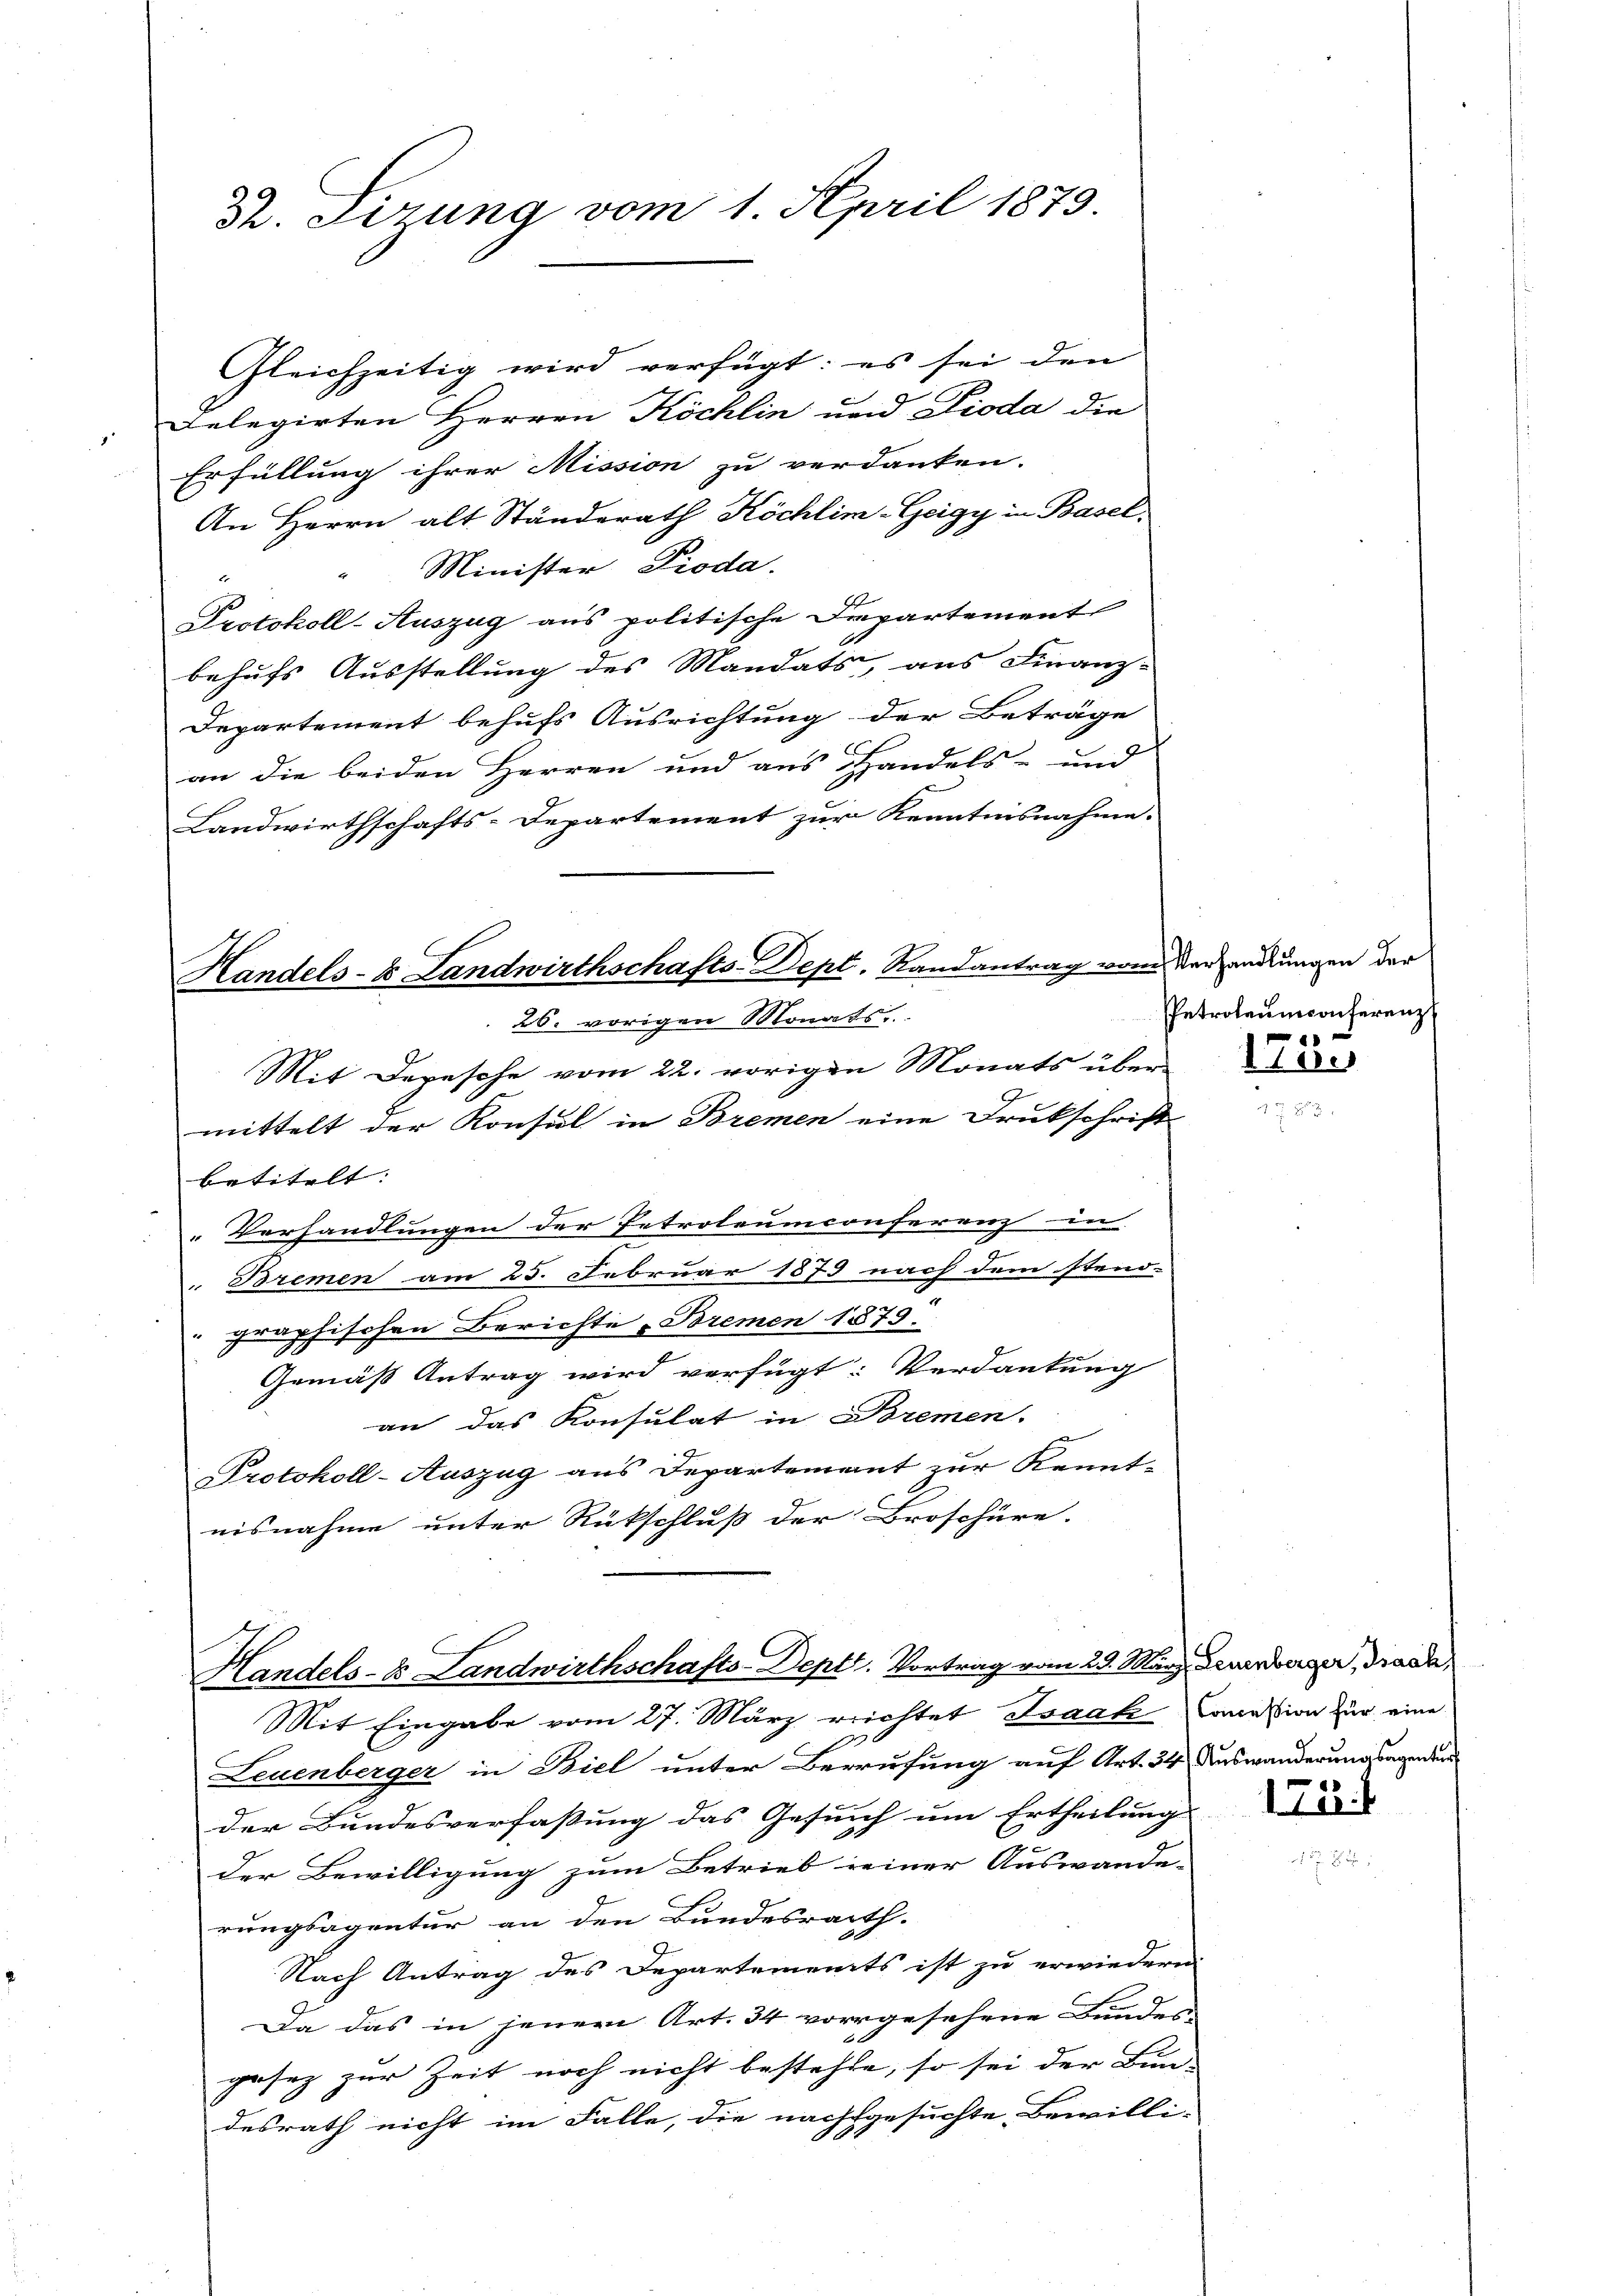
Dr. Firung vom 1. April 1873.

Gleichzeitig wird verfügt: es sei den
Delegirten Herren Köchlin und Pioda die
Erfüllung ihrer Mission zu verdanken.
An Herrn alt Ständerath Köchlim-Geigy in Basel,
Minister Pioda.
Protokoll-Auszug aus politische Departement
behufs Ausstellung des Mandats, aus Finanz-
Departement behufs Ausrichtung der Beträge
an die beiden Herren und aus Handels- und
Landwirthschafts-Departement zur Kenntnisnahme.
Handels-S. Landwirthschafts-Dept. Randantrag vom Verhandlungen der
26. vorigen Monats,
Mit Depesche vom 22. vorigen Monats übermittelt der Konsul in Bremen eine Drukschrift
betitelt:
Verhandlungen der Petroleumconferenz in
F
 Bremen am 25. Februar 1873 nach dem Steno-
graphischen Berichte „Bremen 1873.
Gemäß Antrag wird verfügt: Verdankung
an das Konsulat in Bremen.
Protokoll-Auszug aus Departement zur Kennt-
nisnahme unter Rückschluß der Broschüre.

Handels- & Landwirthschafts-Dept. Vortrag vom 29. März, Leuenberger, Grada,

Petroleumconferenz

Mit Eingabe vom 27. März reichtet Isaak Comation zur eine
.
Leuenberger in Biel unter Berrufung auf Art. 34. Auswanderung sagenden
der Bundesverfaßung das Gesuch um Ertheilung
i
der Bewilligung zum Betrieb seiner Auswande-
rungsagentur an den Bundesrath.
Nach Antrag des Departements ist zu erwiedern.
Da das in jenem Art. 34 vorgesehene Bundes-
gesez zur Zeit noch nicht bestehte, so sei der Bun-
desrath nicht im Falle, die nachgesuchte Bewilli-

173.

17.1